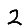
Digit: 2